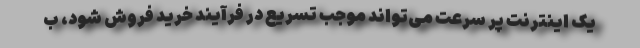
یک اینترنت پر سرعت می‌تواند موجب تسریع در فرآیند خرید فروش شود، ب